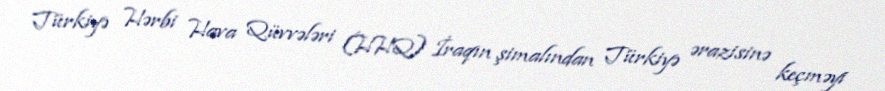
Türkiyə Hərbi Hava Qüvvələri (HHQ) İraqın şimalından Türkiyə ərazisinə keçməyi